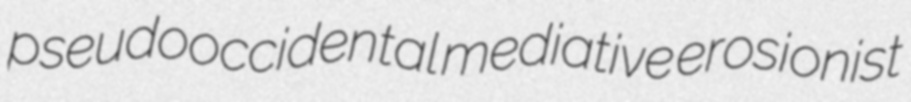
pseudooccidental mediative erosionist